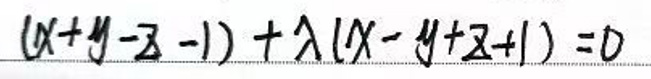
$( x + y - z - 1 ) + \lambda ( x - y + z + 1 ) = 0$